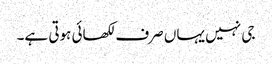
جی نہیں یہاں صرف لکھائی ہوتی ہے۔